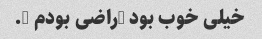
خیلی خوب بود …راضی بودم ….